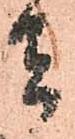
者